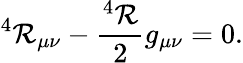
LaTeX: ^4{\cal R}_{\mu\nu}-\frac{^4{\cal R}}{2}g_{\mu\nu}=0.